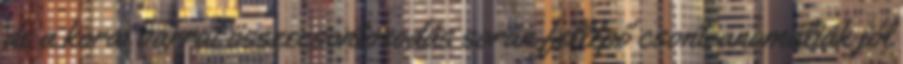
de a korai varrat összecsontosodás során fellépő csont-anomáliák jól